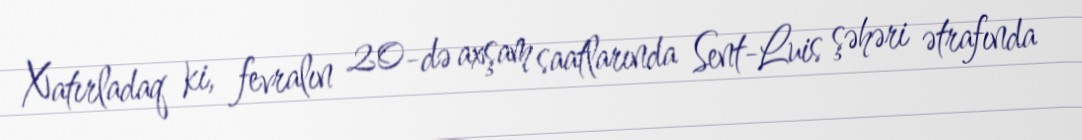
Xatırladaq ki, fevralın 20-də axşam saatlarında Sent-Luis şəhəri ətrafında